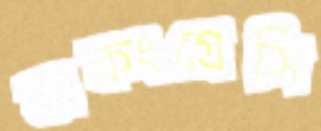
অকংগ্রেসি